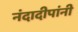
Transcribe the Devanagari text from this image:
नंदादीपांनी